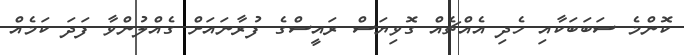
ކޮންމެ ސަބަބަކާއި ހެދި އެއްޗެއް ގޮވިޔަސް ރައީސްގެ ފުރާނައަށް ގެއްލުންވާ ފަދަ ކަމެއް